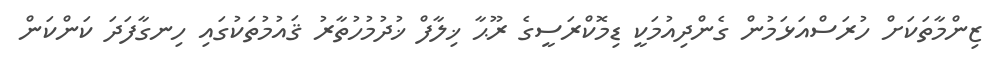
ޒިންމާތަކަށް ހުރަސްއަޅަމުން ގެންދިއުމަކީ ޑިމޮކްރަސީގެ ރޫޙާ ޚިލާފް ޚުދުމުހުތާރު ޤައުމުތަކުގައި ހިނގާފަދަ ކަންކަން